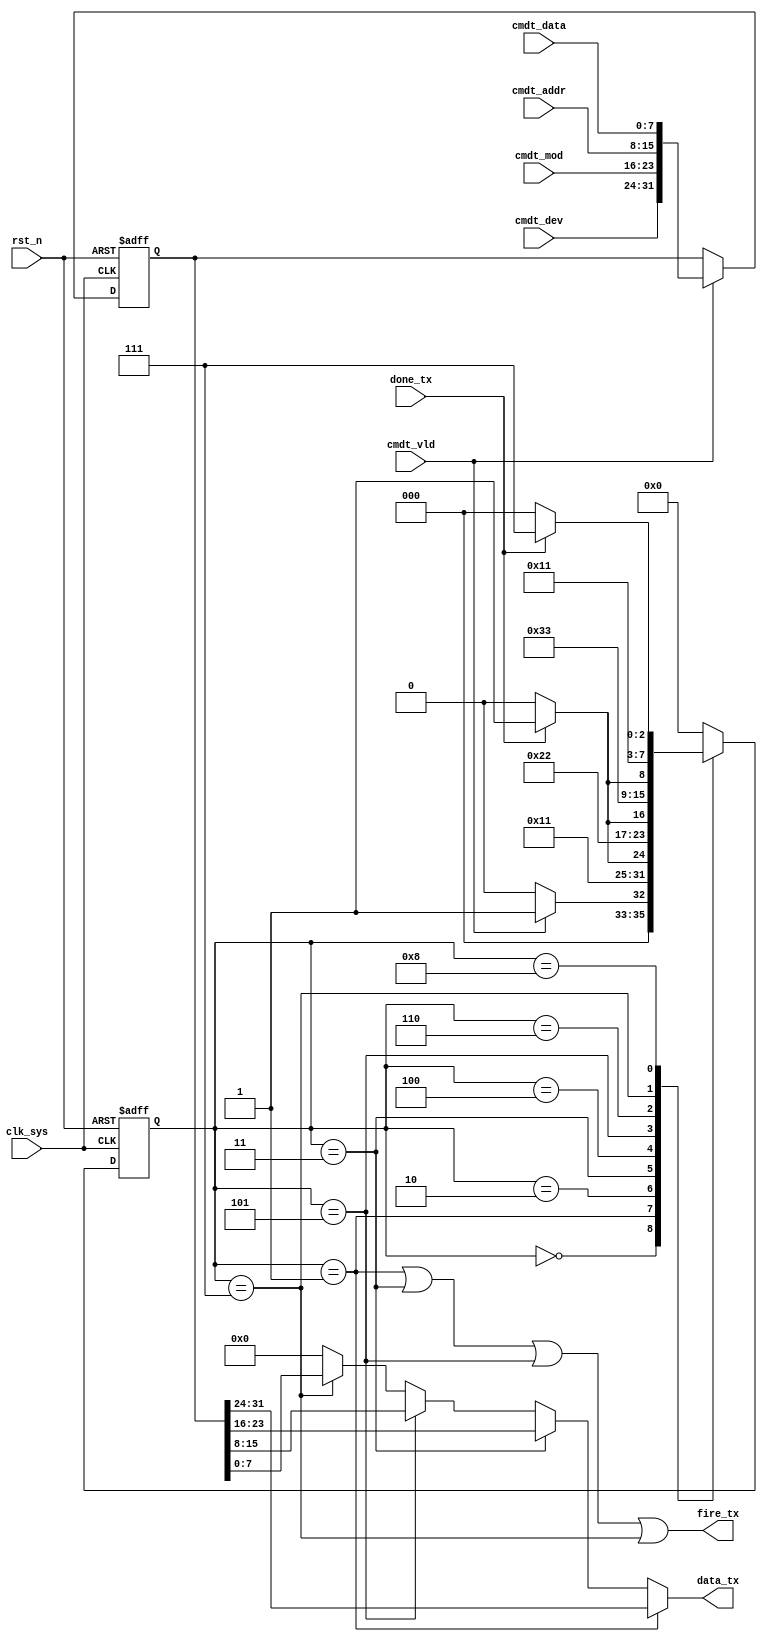
//tx_ctrl_enc.v

module tx_ctrl_enc(
fire_tx,
done_tx,
data_tx,
//cmd transmit
cmdt_dev,
cmdt_mod,
cmdt_addr,
cmdt_data,
cmdt_vld,
//clk rst
clk_sys,
rst_n
);
output	fire_tx;
input		done_tx;
output [7:0]	data_tx;
//cmd transmit
input [7:0]	cmdt_dev;
input [7:0]	cmdt_mod;
input [7:0]	cmdt_addr;
input [7:0]	cmdt_data;
input 			cmdt_vld;
//clk rst
input clk_sys;
input rst_n;
//--------------------------------------------
//--------------------------------------------


//-------- lock data ------
reg [31:0] lock_data;
always @ (posedge clk_sys or negedge rst_n)	begin
	if(~rst_n)
		lock_data <=  32'h0;
	else if(cmdt_vld)
		lock_data <= {cmdt_dev,cmdt_mod,cmdt_addr,cmdt_data};
	else ;
end
	


//----------- main FSM -----------
parameter S_IDLE = 4'h0;
parameter S_FS1 = 4'h1;
parameter S_WS1 = 4'h2;
parameter S_FS2 = 4'h3;
parameter S_WS2 = 4'h4;
parameter S_FS3 = 4'h5;
parameter S_WS3 = 4'h6;
parameter S_FS4 = 4'h7;
parameter S_WS4 = 4'h8;
parameter S_DONE = 4'hf;
reg [3:0] st_tx_enc;
always @ (posedge clk_sys or negedge rst_n)	begin
	if(~rst_n)
		st_tx_enc <= S_IDLE;
	else begin
		case(st_tx_enc)
			S_IDLE : st_tx_enc <= cmdt_vld ? S_FS1 : S_IDLE;
			S_FS1 : st_tx_enc <= S_WS1;
			S_WS1 : st_tx_enc <= done_tx ? S_FS2 : S_WS1;
			S_FS2 : st_tx_enc <= S_WS2;
			S_WS2 : st_tx_enc <= done_tx ? S_FS3 : S_WS2;
			S_FS3 : st_tx_enc <= S_WS3;
			S_WS3 : st_tx_enc <= done_tx ? S_FS4 : S_WS3;
			S_FS4 : st_tx_enc <= S_WS4;
			S_WS4 : st_tx_enc <= done_tx ? S_DONE : S_WS4;
			S_DONE : st_tx_enc <= S_IDLE;
			default : st_tx_enc <= S_IDLE;
		endcase
	end
end


//---------- output ----------
wire fire_tx = 	(st_tx_enc == S_FS1) | (st_tx_enc == S_FS2) |
								(st_tx_enc == S_FS3) | (st_tx_enc == S_FS4) ;
wire [7:0]	data_tx;
assign data_tx = 	(st_tx_enc == S_FS1) ? lock_data[31:24] :
									(st_tx_enc == S_FS2) ? lock_data[23:16] :
									(st_tx_enc == S_FS3) ? lock_data[15:8] :
									(st_tx_enc == S_FS4) ? lock_data[7:0] : 8'h0;
									
									
endmodule